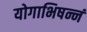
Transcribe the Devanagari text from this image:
योगाभिषन्नं